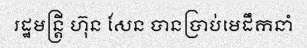
រដ្ឋមន្ត្រី ហ៊ុន សែន បានប្រាប់មេដឹកនាំ